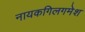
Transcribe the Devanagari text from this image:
नायकगिलगमेश